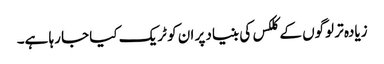
زیادہ تر لوگوں کے کلکس کی بنیاد پر ان کو ٹریک کیا جا رہا ہے۔